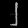
Digit: ၂